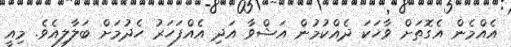
އެއްމެން އެގޮތަށް ވާހަކަ ދެއްކުމުން އަޝްވާ އަދި އެއްފަހަރު ހެދުމަށް ބަލާލިއެވެ. މިއީ